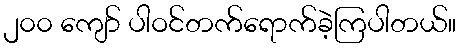
၂၀၀ ကျော် ပါဝင်တက်ရောက်ခဲ့ကြပါတယ်။